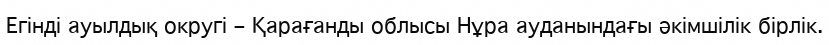
Егінді ауылдық округі – Қарағанды облысы Нұра ауданындағы әкімшілік бірлік.